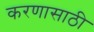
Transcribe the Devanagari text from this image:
करणासाठी